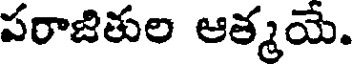
పరాజితుల ఆత్మయే.